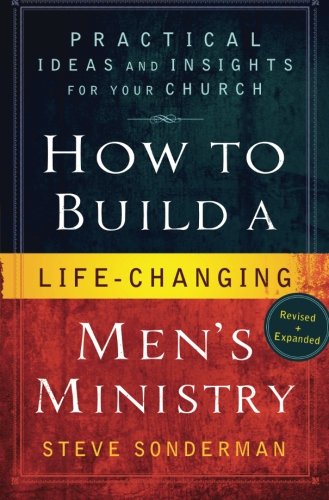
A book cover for How to Build a Life-Changing Men's Ministry: Practical Ideas and Insights for Your Church; Steve Sonderman; Christian Books & Bibles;